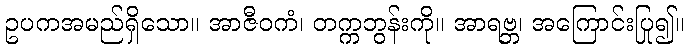
ဥပကအမည်ရှိသော။ အာဇီဝကံ၊ တက္ကဘွန်းကို။ အာရဗ္ဘ၊ အကြောင်းပြု၍။